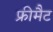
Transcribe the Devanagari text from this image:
फ्रीमैट